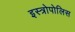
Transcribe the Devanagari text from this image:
इस्त्रोपोलिस